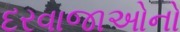
દરવાજાઓનો